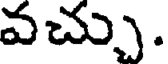
వచ్చు.